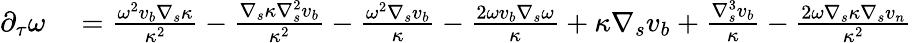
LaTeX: \begin{array}{rl}{\partial_{\tau}\omega}&{{}=\frac{\omega^{2}v_{b}\nabla_{s}\kappa}{\kappa^{2}}-\frac{\nabla_{s}\kappa\nabla_{s}^{2}v_{b}}{\kappa^{2}}-\frac{\omega^{2}\nabla_{s}v_{b}}{\kappa}-\frac{2\omega v_{b}\nabla_{s}\omega}{\kappa}+\kappa\nabla_{s}v_{b}+\frac{\nabla_{s}^{3}v_{b}}{\kappa}-\frac{2\omega\nabla_{s}\kappa\nabla_{s}v_{n}}{\kappa^{2}}}\end{array}